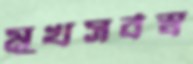
মুখসর্বস্ব